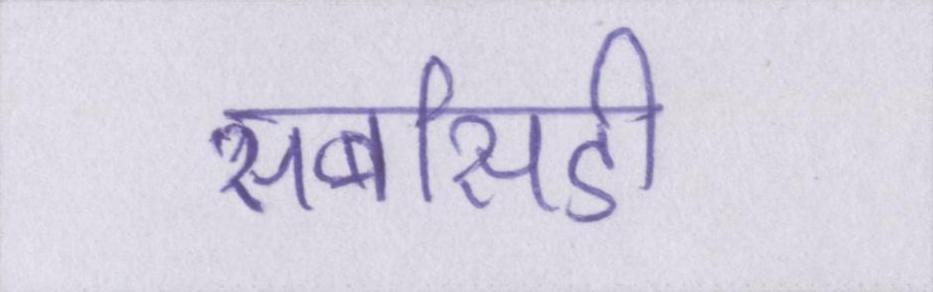
सबसिडी